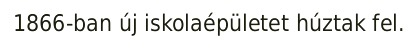
1866-ban új iskolaépületet húztak fel.